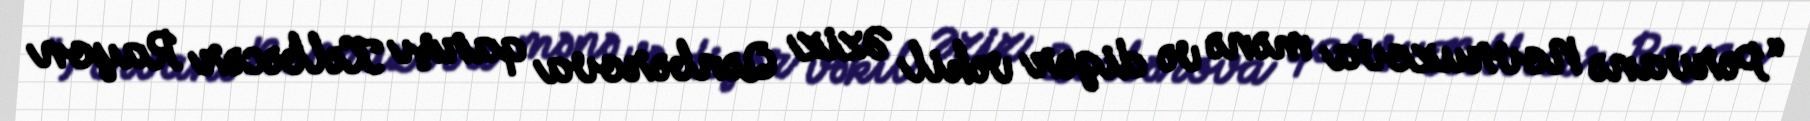
“Pərvanə Novruzova mənə və digər vəkil Əziz Qənbərova qarşı Kəlbəcər Rayon